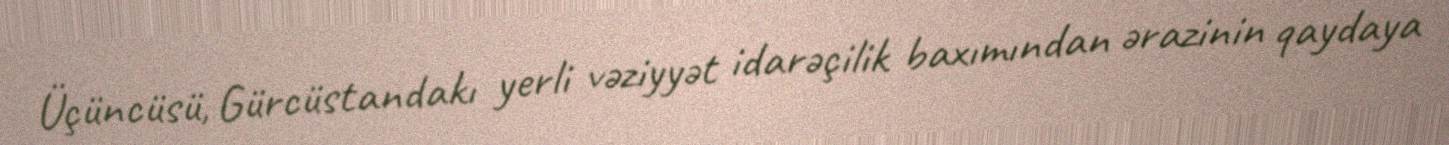
Üçüncüsü, Gürcüstandakı yerli vəziyyət idarəçilik baxımından ərazinin qaydaya